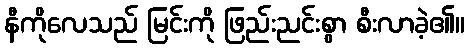
နီကိုလေသည် မြင်းကို ဖြည်းညင်းစွာ စီးလာခဲ့၏။